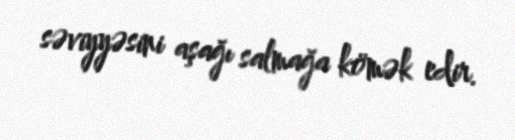
səviyyəsini aşağı salmağa kömək edir.